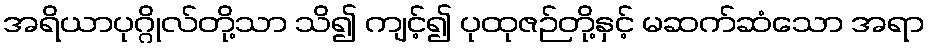
အရိယာပုဂ္ဂိုလ်တို့သာ သိ၍ ကျင့်၍ ပုထုဇဉ်တို့နှင့် မဆက်ဆံသော အရာ